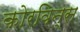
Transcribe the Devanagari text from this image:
कोरविन्स